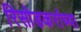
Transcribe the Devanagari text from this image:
रिसोडकरांच्या